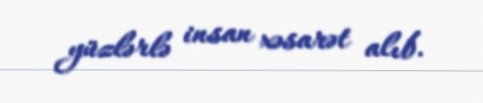
yüzlərlə insan xəsarət alıb.